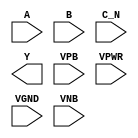
/**
 * Copyright 2020 The SkyWater PDK Authors
 *
 * Licensed under the Apache License, Version 2.0 (the "License");
 * you may not use this file except in compliance with the License.
 * You may obtain a copy of the License at
 *
 *     https://www.apache.org/licenses/LICENSE-2.0
 *
 * Unless required by applicable law or agreed to in writing, software
 * distributed under the License is distributed on an "AS IS" BASIS,
 * WITHOUT WARRANTIES OR CONDITIONS OF ANY KIND, either express or implied.
 * See the License for the specific language governing permissions and
 * limitations under the License.
 *
 * SPDX-License-Identifier: Apache-2.0
 */

`ifndef SKY130_FD_SC_MS__NOR3B_PP_SYMBOL_V
`define SKY130_FD_SC_MS__NOR3B_PP_SYMBOL_V

/**
 * nor3b: 3-input NOR, first input inverted.
 *
 *        Y = (!(A | B)) & !C)
 *
 * Verilog stub (with power pins) for graphical symbol definition
 * generation.
 *
 * WARNING: This file is autogenerated, do not modify directly!
 */

`timescale 1ns / 1ps
`default_nettype none

(* blackbox *)
module sky130_fd_sc_ms__nor3b (
    //# {{data|Data Signals}}
    input  A   ,
    input  B   ,
    input  C_N ,
    output Y   ,

    //# {{power|Power}}
    input  VPB ,
    input  VPWR,
    input  VGND,
    input  VNB
);
endmodule

`default_nettype wire
`endif  // SKY130_FD_SC_MS__NOR3B_PP_SYMBOL_V